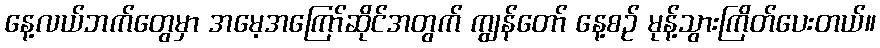
နေ့လယ်ဘက်တွေမှာ အမေ့အကြော်ဆိုင်အတွက် ကျွန်တော် နေ့စဉ် မုန့်သွားကြိတ်ပေးတယ်။